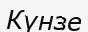
Күнзе